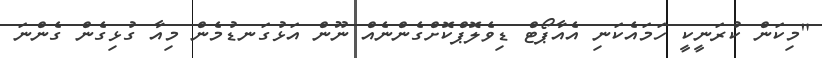
"މިކަން ކުރަނީކީ ހަމައެކަނި އެއާޕޯޓް ޑިވެލޮޕްކޮށްގެންނެއް ނޫން އަޅުގަނޑުމެން މިއާ ގުޅިގެން ގެންނަ